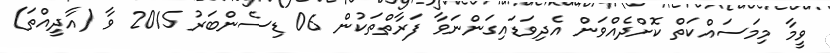
ވީމާ މިމަސައްކަތް ކޮށްދެއްވަން އެދިވަޑައިގަންނަވާ ފަރާތްތަކުން 06 ޑިސެންބަރު 2015 ވާ (އާދީއްތަ)